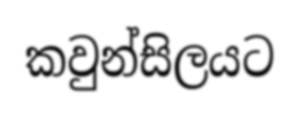
කවුන්සිලයට